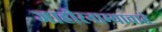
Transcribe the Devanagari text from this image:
जाहीरनाम्याचाते